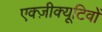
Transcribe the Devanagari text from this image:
एक्ज़ीक्यूटिवों